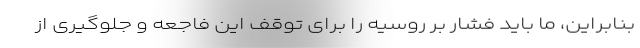
بنابراین، ما باید فشار بر روسیه را برای توقف این فاجعه و جلوگیری از